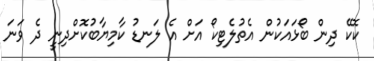
ކޮކޭ ދިން ބޯޅައަކުން އެތުލެޓިކޯ އަށް އެ ލަނޑު ކާމިޔާބުކޮށްދިނީ ދެ ވަނަ